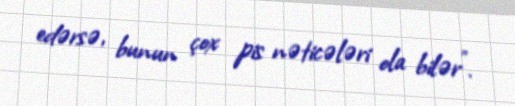
edərsə, bunun çox pis nəticələri ola bilər”.